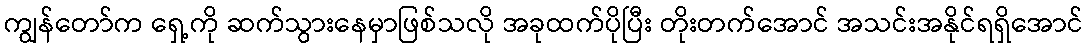
ကျွန်တော်က ရှေ့ကို ဆက်သွားနေမှာဖြစ်သလို အခုထက်ပိုပြီး တိုးတက်အောင် အသင်းအနိုင်ရရှိအောင်